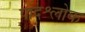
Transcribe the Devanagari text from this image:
पादश्लोक